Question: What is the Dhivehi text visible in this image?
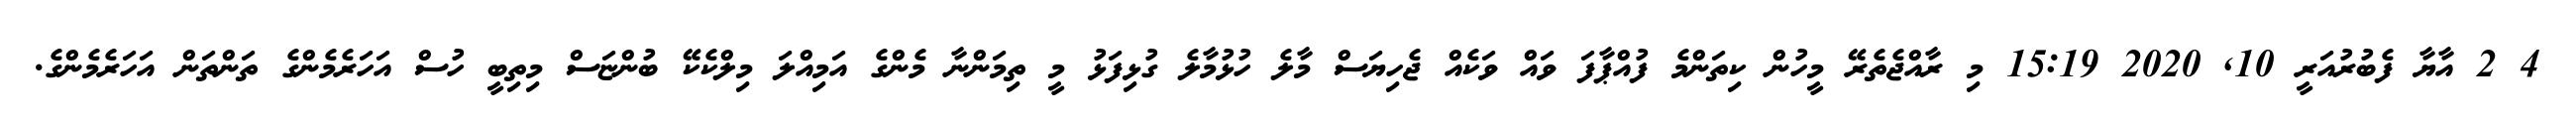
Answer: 4 2 އާޔާ ފެބުރުއަރީ 10, 2020 15:19 މި ރާއްޖެތެރޭ މީހުން ކިތަންމެ ފުއްޕާފަ ވައް ވަކެއް ޖެހިޔަސް މާލެ ހުޅުމާލެ ގުޅިފަޅު މީ ތިމަންނާ މެންގެ އަމިއްލަ މިލްކެކޭ ބުންޏަސް މިތިބީ ހުސް އަހަރެމެންގެ ތަންތަން އަހަރެމެންގެ.